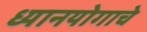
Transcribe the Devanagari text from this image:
ध्यानयोगाचे